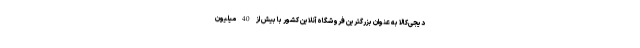
دیجی‌کالا به عنوان بزرگترین فروشگاه آنلاین کشور با بیش از 40 میلیون